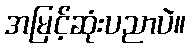
အမြင့်ဆုံးပညာပဲ။